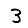
Digit: 3